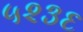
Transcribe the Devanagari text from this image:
५२३६